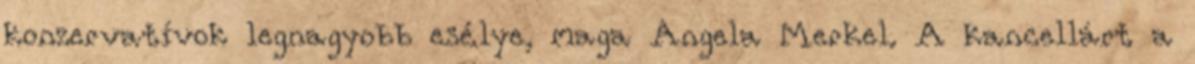
konzervatívok legnagyobb esélye, maga Angela Merkel. A kancellárt a